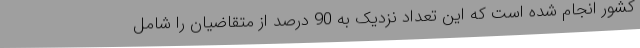
کشور انجام شده است که این تعداد نزدیک به 90 درصد از متقاضیان را شامل